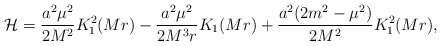
\begin{align*} {\cal H} = \frac{a^2\mu^2}{2M^2} K_1^2(Mr) - \frac{a^2\mu^2}{2M^3r} K_1(Mr) + \frac{a^2(2m^2-\mu^2)}{2M^2} K_1^2(Mr),\end{align*}